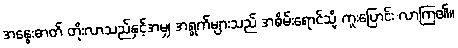
အနွေးဓာတ် တိုးလာသည်နှင့်အမျှ အရွက်များသည် အစိမ်းရောင်သို့ ကူးပြောင်း လာကြ၏။